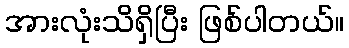
အားလုံးသိရှိပြီး ဖြစ်ပါတယ်။